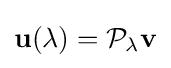
\mathbf {u} (\lambda )={\mathcal {P}}_{\lambda }\mathbf {v}